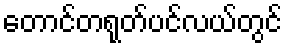
တောင်တရုတ်ပင်လယ်တွင်